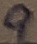
Text: 9